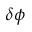
\delta \phi